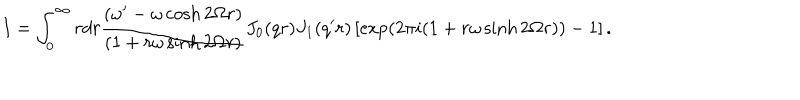
I = \int _ { 0 } ^ { \infty } r d r \frac { \left( \omega ^ { \prime } - \omega \cosh 2 \Omega r \right) } { \left( 1 + r \omega \sinh 2 \Omega r \right) } J _ { 0 } ( q r ) J _ { 1 } ( q ^ { \prime } r ) \left[ \exp \left( 2 \pi i ( 1 + r \omega \sinh 2 \Omega r ) \right) - 1 \right] .